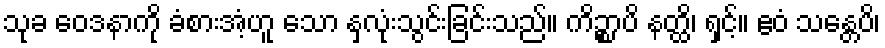
သုခ ဝေဒနာကို ခံစားအံ့ဟူ သော နှလုံးသွင်းခြင်းသည်။ ကိဉ္စာပိ နတ္ထိ၊ ရှင့်။ ဧဝံ သန္တေပိ၊